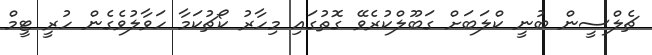
ޗެލްސީން ބުނީ ކްލަބަށް ގަބޫލްކުރެވޭ ގޮތުގައި މިހާރު ކޯޗުކަމާ ހަވާލުވެގެން ހުރީ ޓީމް